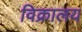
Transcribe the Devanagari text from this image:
विक्रालय